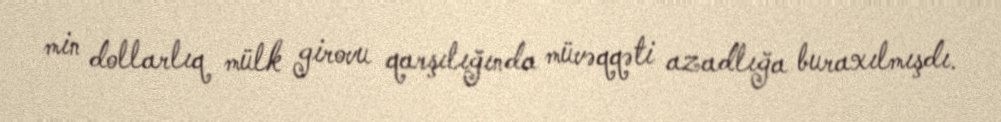
min dollarlıq mülk girovu qarşılığında müvəqqəti azadlığa buraxılmışdı.